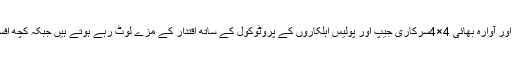
میں ذاتی طور پر شاہد ہوں کہ ایس ایس پی اور ڈی آئی جی رینک کے افسران کے بے روزگار، نکمے اور آوارہ بھائی 4×4سرکاری جیپ اور پولیس اہلکاروں کے پروٹوکول کے ساتھ اقتدار کے مزے لوٹ رہے ہوتے ہیں جبکہ کچھ افسران کے’’ قابل بھائی صاحبان ‘‘ پولیس اسٹیشن میں بندے پکڑوانے اور چھڑوانے کی ’’ڈیلز‘‘کرتے ہیں۔